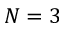
N = 3